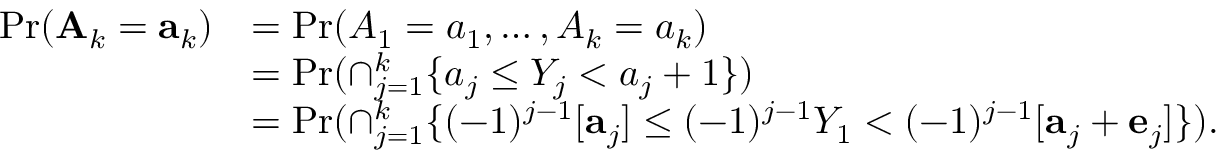
\begin{array} { r l } { \operatorname* { P r } ( \mathbf { A } _ { k } = \mathbf { a } _ { k } ) } & { = \operatorname* { P r } ( A _ { 1 } = a _ { 1 } , \dots , A _ { k } = a _ { k } ) } \\ & { = \operatorname* { P r } ( \cap _ { j = 1 } ^ { k } \{ a _ { j } \le Y _ { j } < a _ { j } + 1 \} ) } \\ & { = \operatorname* { P r } ( \cap _ { j = 1 } ^ { k } \{ ( - 1 ) ^ { j - 1 } [ \mathbf { a } _ { j } ] \le ( - 1 ) ^ { j - 1 } Y _ { 1 } < ( - 1 ) ^ { j - 1 } [ \mathbf { a } _ { j } + \mathbf { e } _ { j } ] \} ) . } \end{array}